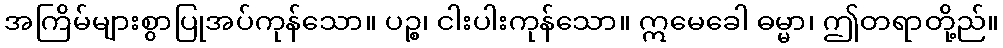
အကြိမ်များစွာပြုအပ်ကုန်သော။ ပဉ္စ၊ ငါးပါးကုန်သော။ ဣမေခေါ ဓမ္မာ၊ ဤတရာတို့ည်။